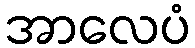
အာလေပံ